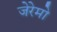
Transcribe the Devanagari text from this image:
जेरेमो